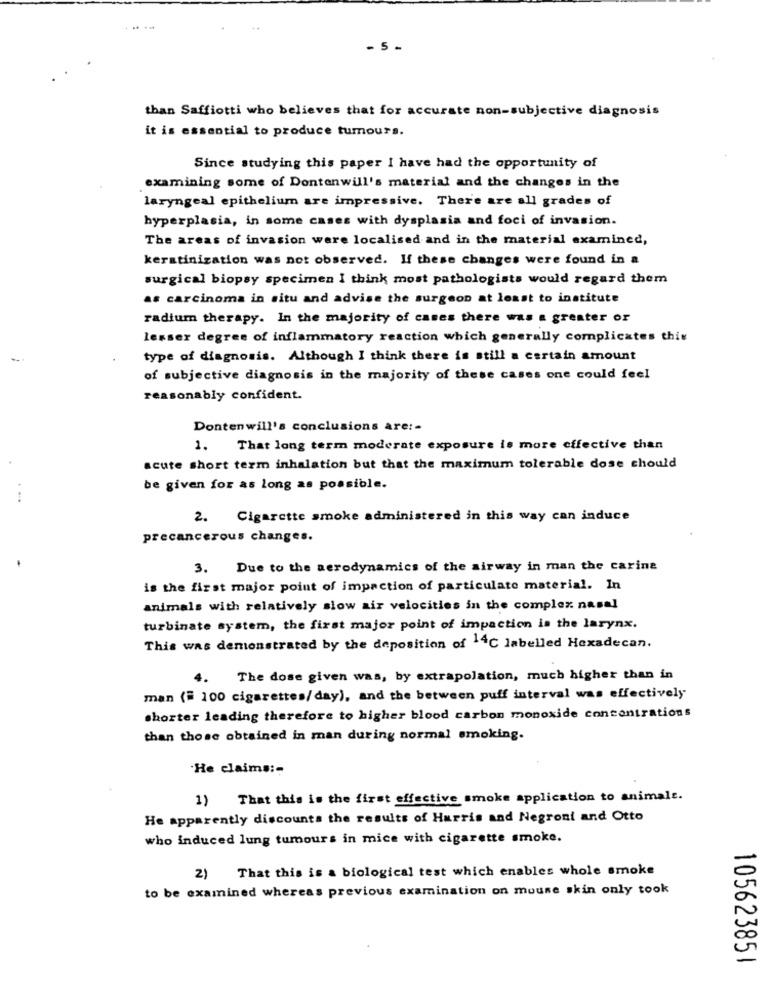
... .
- 5
than Saffiotti who believes that for accurate non-subjective diagnosis
it is essential to produce tumours.
Since studying this paper I have had the opportunity of
examining some of Dontenwill's material and the changes in the
laryngeal epithelium are impressive. There are all grades of
hyperplasia, in some cases with dysplasia and foci of invasion.
The areas of invasion were localised and in the material examined,
keratinization was not observed. If these changes were found in a
surgical biopsy specimen I think most pathologists would regard them
as carcinoma in situ and advise the surgeon at least to institute
radium therapy. In the majority of cases there was a greater or
lesser degree of inflammatory reaction which generally complicates this
type of diagnosis. Although I think there is still a certain amount
of subjective diagnosis in the majority of these cases one could feel
reasonably confident.
Dontenwill's conclusions are :-
1. That long term moderate exposure is more effective than
acute short term inhalation but that the maximum tolerable dose should
be given for as long as possible.
2. Cigarette smoke administered in this way can induce
precancerous changes.
3. Due to the aerodynamics of the airway in man the carine
is the first major point of impaction of particulate material. In
animals with relatively slow air velocities in the complex nasal
turbinate system, the first major point of impaction is the larynx.
This was demonstrated by the deposition of 14℃ labelled Hexadecan.
4.
The dose given was, by extrapolation, much higher than in
man (= 100 cigarettes/day), and the between puff interval was effectively
shorter leading therefore to higher blood carbon monoxide concentrations
than those obtained in man during normal smoking.
"He claims :-
1) That this is the first effective smoke application to animale.
He apparently discounts the results of Harris and Negroni and Otto
who induced lung tumours in mice with cigarette smoke.
2) That this is a biological test which enables whole smoke
to be examined whereas previous examination on mouse skin only took
105623851